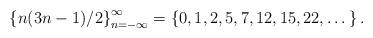
LaTeX: \begin{align*}\left\{ n(3n-1)/2 \right\}_{n=-\infty}^\infty = \left\{0,1,2,5,7,12,15,22,\dots\right\}.\end{align*}